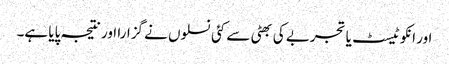
اور انکو ٹیسٹ یا تجربے کی بھٹی سے کئی نسلوں نے گزارا اور نتیجہ پایا ہے۔